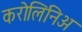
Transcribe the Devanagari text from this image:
करोलिनिअ